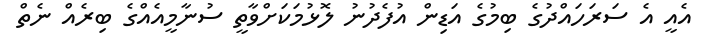
އެއީ އެ ސަރަހައްދުގެ ބިމުގެ އަޑިން އުފެދުނު ލޮޅުމަކަށްވާތީ ސުނާމީއެއްގެ ބިރެއް ނެތް